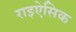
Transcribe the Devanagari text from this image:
राइऐसिक